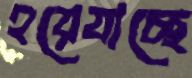
হয়েযাচ্ছে